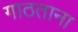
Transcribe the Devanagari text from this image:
गाठताना